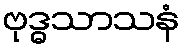
ဗုဒ္ဓသာသနံ